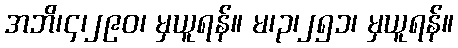
အဘိ၊၄၊၂၉၀၊ မှယူရန်။ မ၊၃၊၂၅၁၊ မှယူရန်။